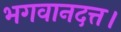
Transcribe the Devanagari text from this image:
भगवानदत्त।